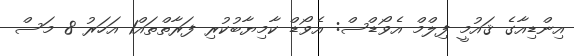
އިންޑިއާގެ ޤައުމީ ފިލްމް އެވޯޑްސް: އެވޯޑް ކާމިޔާބުކުރި ފަރާތްތައް1 އަހަރު 8 މަސް